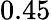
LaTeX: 0.45